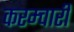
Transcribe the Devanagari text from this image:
करम्चारी